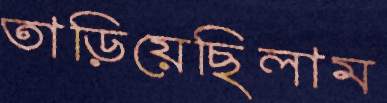
তাড়িয়েছিলাম